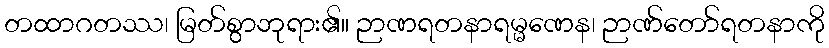
တထာဂတဿ၊ မြတ်စွာဘုရား၏။ ဉာဏရတနာရမ္မဏေန၊ ဉာဏ်တော်ရတနာကို